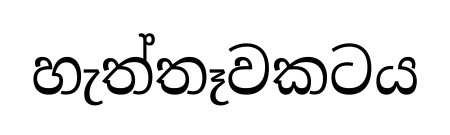
හැත්තෑවකටය